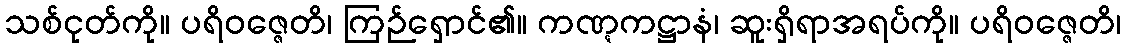
သစ်ငုတ်ကို။ ပရိဝဇ္ဇေတိ၊ ကြဉ်ရှောင်၏။ ကဏ္ဋကဋ္ဌာနံ၊ ဆူးရှိရာအရပ်ကို။ ပရိဝဇ္ဇေတိ၊